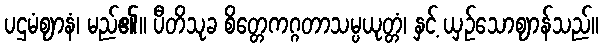
ပဌမံဈာနံ၊ မည်၏။ ပီတိသုခ စိတ္တေကဂ္ဂတာသမ္ပယုတ္တံ၊ နှင့် ယှဉ်သောဈာန်သည်။